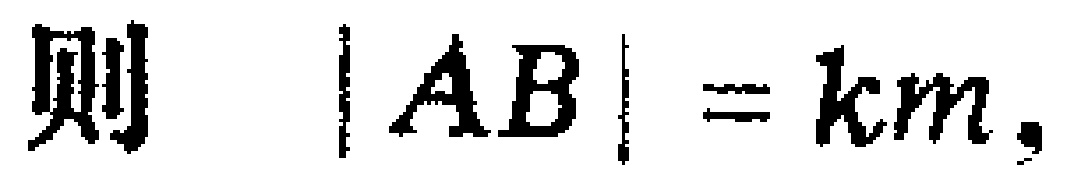
则\(\vert AB\vert = km\)，